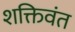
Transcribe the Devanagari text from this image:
शक्तिवंत